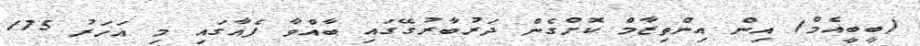
(ބީބީއެމް) އިން އިންތިޒާމް ކޮށްގެން ދަރުބާރުގޭގައި ބާއްވާ ފެއާގައި މި އަހަރު 175